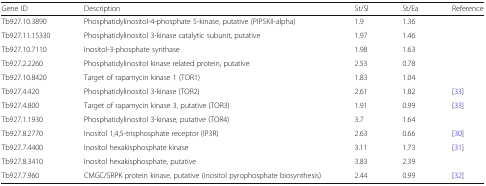
<table><thead><tr><td><b>Gene ID</b></td><td><b>Description</b></td><td><b>St/Sl</b></td><td><b>St/Ea</b></td><td><b>Reference</b></td></tr></thead><tbody><tr><td>Tb927.10.3890</td><td>Phosphatidylinositol-4-phosphate 5-kinase, putative (PIP5KII-alpha)</td><td>1.9</td><td>1.36</td><td></td></tr><tr><td>Tb927.11.15330</td><td>Phosphatidylinositol 3-kinase catalytic subunit, putative</td><td>1.97</td><td>1.46</td><td></td></tr><tr><td>Tb927.10.7110</td><td>Inositol-3-phosphate synthase</td><td>1.98</td><td>1.63</td><td></td></tr><tr><td>Tb927.2.2260</td><td>Phosphatidylinositol kinase related protein, putative</td><td>2.53</td><td>0.78</td><td></td></tr><tr><td>Tb927.10.8420</td><td>Target of rapamycin kinase 1 (TOR1)</td><td>1.83</td><td>1.04</td><td></td></tr><tr><td>Tb927.4.420</td><td>Phosphatidylinositol 3-kinase (TOR2)</td><td>2.61</td><td>1.82</td><td>[33]</td></tr><tr><td>Tb927.4.800</td><td>Target of rapamycin kinase 3, putative (TOR3)</td><td>1.91</td><td>0.99</td><td>[33]</td></tr><tr><td>Tb927.1.1930</td><td>Phosphatidylinositol 3-kinase, putative (TOR4)</td><td>3.7</td><td>1.64</td><td></td></tr><tr><td>Tb927.8.2770</td><td>Inositol 1,4,5-trisphosphate receptor (IP3R)</td><td>2.63</td><td>0.66</td><td>[30]</td></tr><tr><td>Tb927.7.4400</td><td>Inositol hexakisphosphate kinase</td><td>3.11</td><td>1.73</td><td>[31]</td></tr><tr><td>Tb927.8.3410</td><td>Inositol hexakisphosphate, putative</td><td>3.83</td><td>2.39</td><td></td></tr><tr><td>Tb927.7.960</td><td>CMGC/SRPK protein kinase, putative (inositol pyrophosphate biosynthesis)</td><td>2.44</td><td>0.99</td><td>[32]</td></tr></tbody></table>